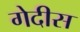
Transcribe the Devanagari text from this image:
गेदीस